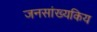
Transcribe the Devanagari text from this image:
जनसांख्यकिय